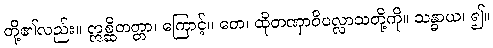
တို့၏လည်း။ ဣစ္ဆိတတ္တာ၊ ကြောင့်။ တေ၊ ထိုတဏှာဝိပလ္လာသတို့ကို။ သန္ဓာယ၊ ၍။